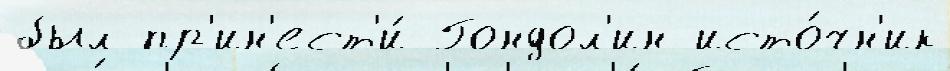
был пр'ин'ест'и́ Гондол'ин исто́чн'ик